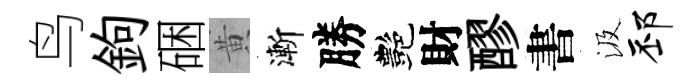
鸟鉤硱黄漸勝艷財醪書汲邳